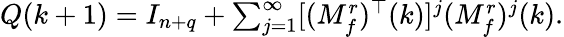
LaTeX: Q(k+1)=I_{n+q}+\textstyle\sum_{j=1}^{\infty}[(M_{f}^{r})^{\top}(k)]^{j}(M_{f}^{r})^{j}(k).